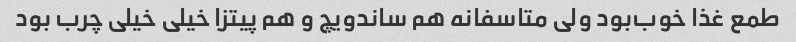
طمع غذا خوب‌بود ولی متاسفانه هم ساندویچ و هم پیتزا خیلی خیلی چرب بود